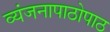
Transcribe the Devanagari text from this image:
व्यंजनापाठोपाठ